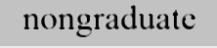
nongraduate